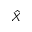
\hat { X }